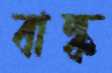
বাল্ক